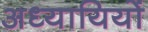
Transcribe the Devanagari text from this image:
अध्यायियों